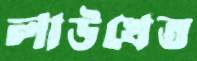
লাউখেত